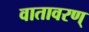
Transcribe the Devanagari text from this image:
वातावरण्